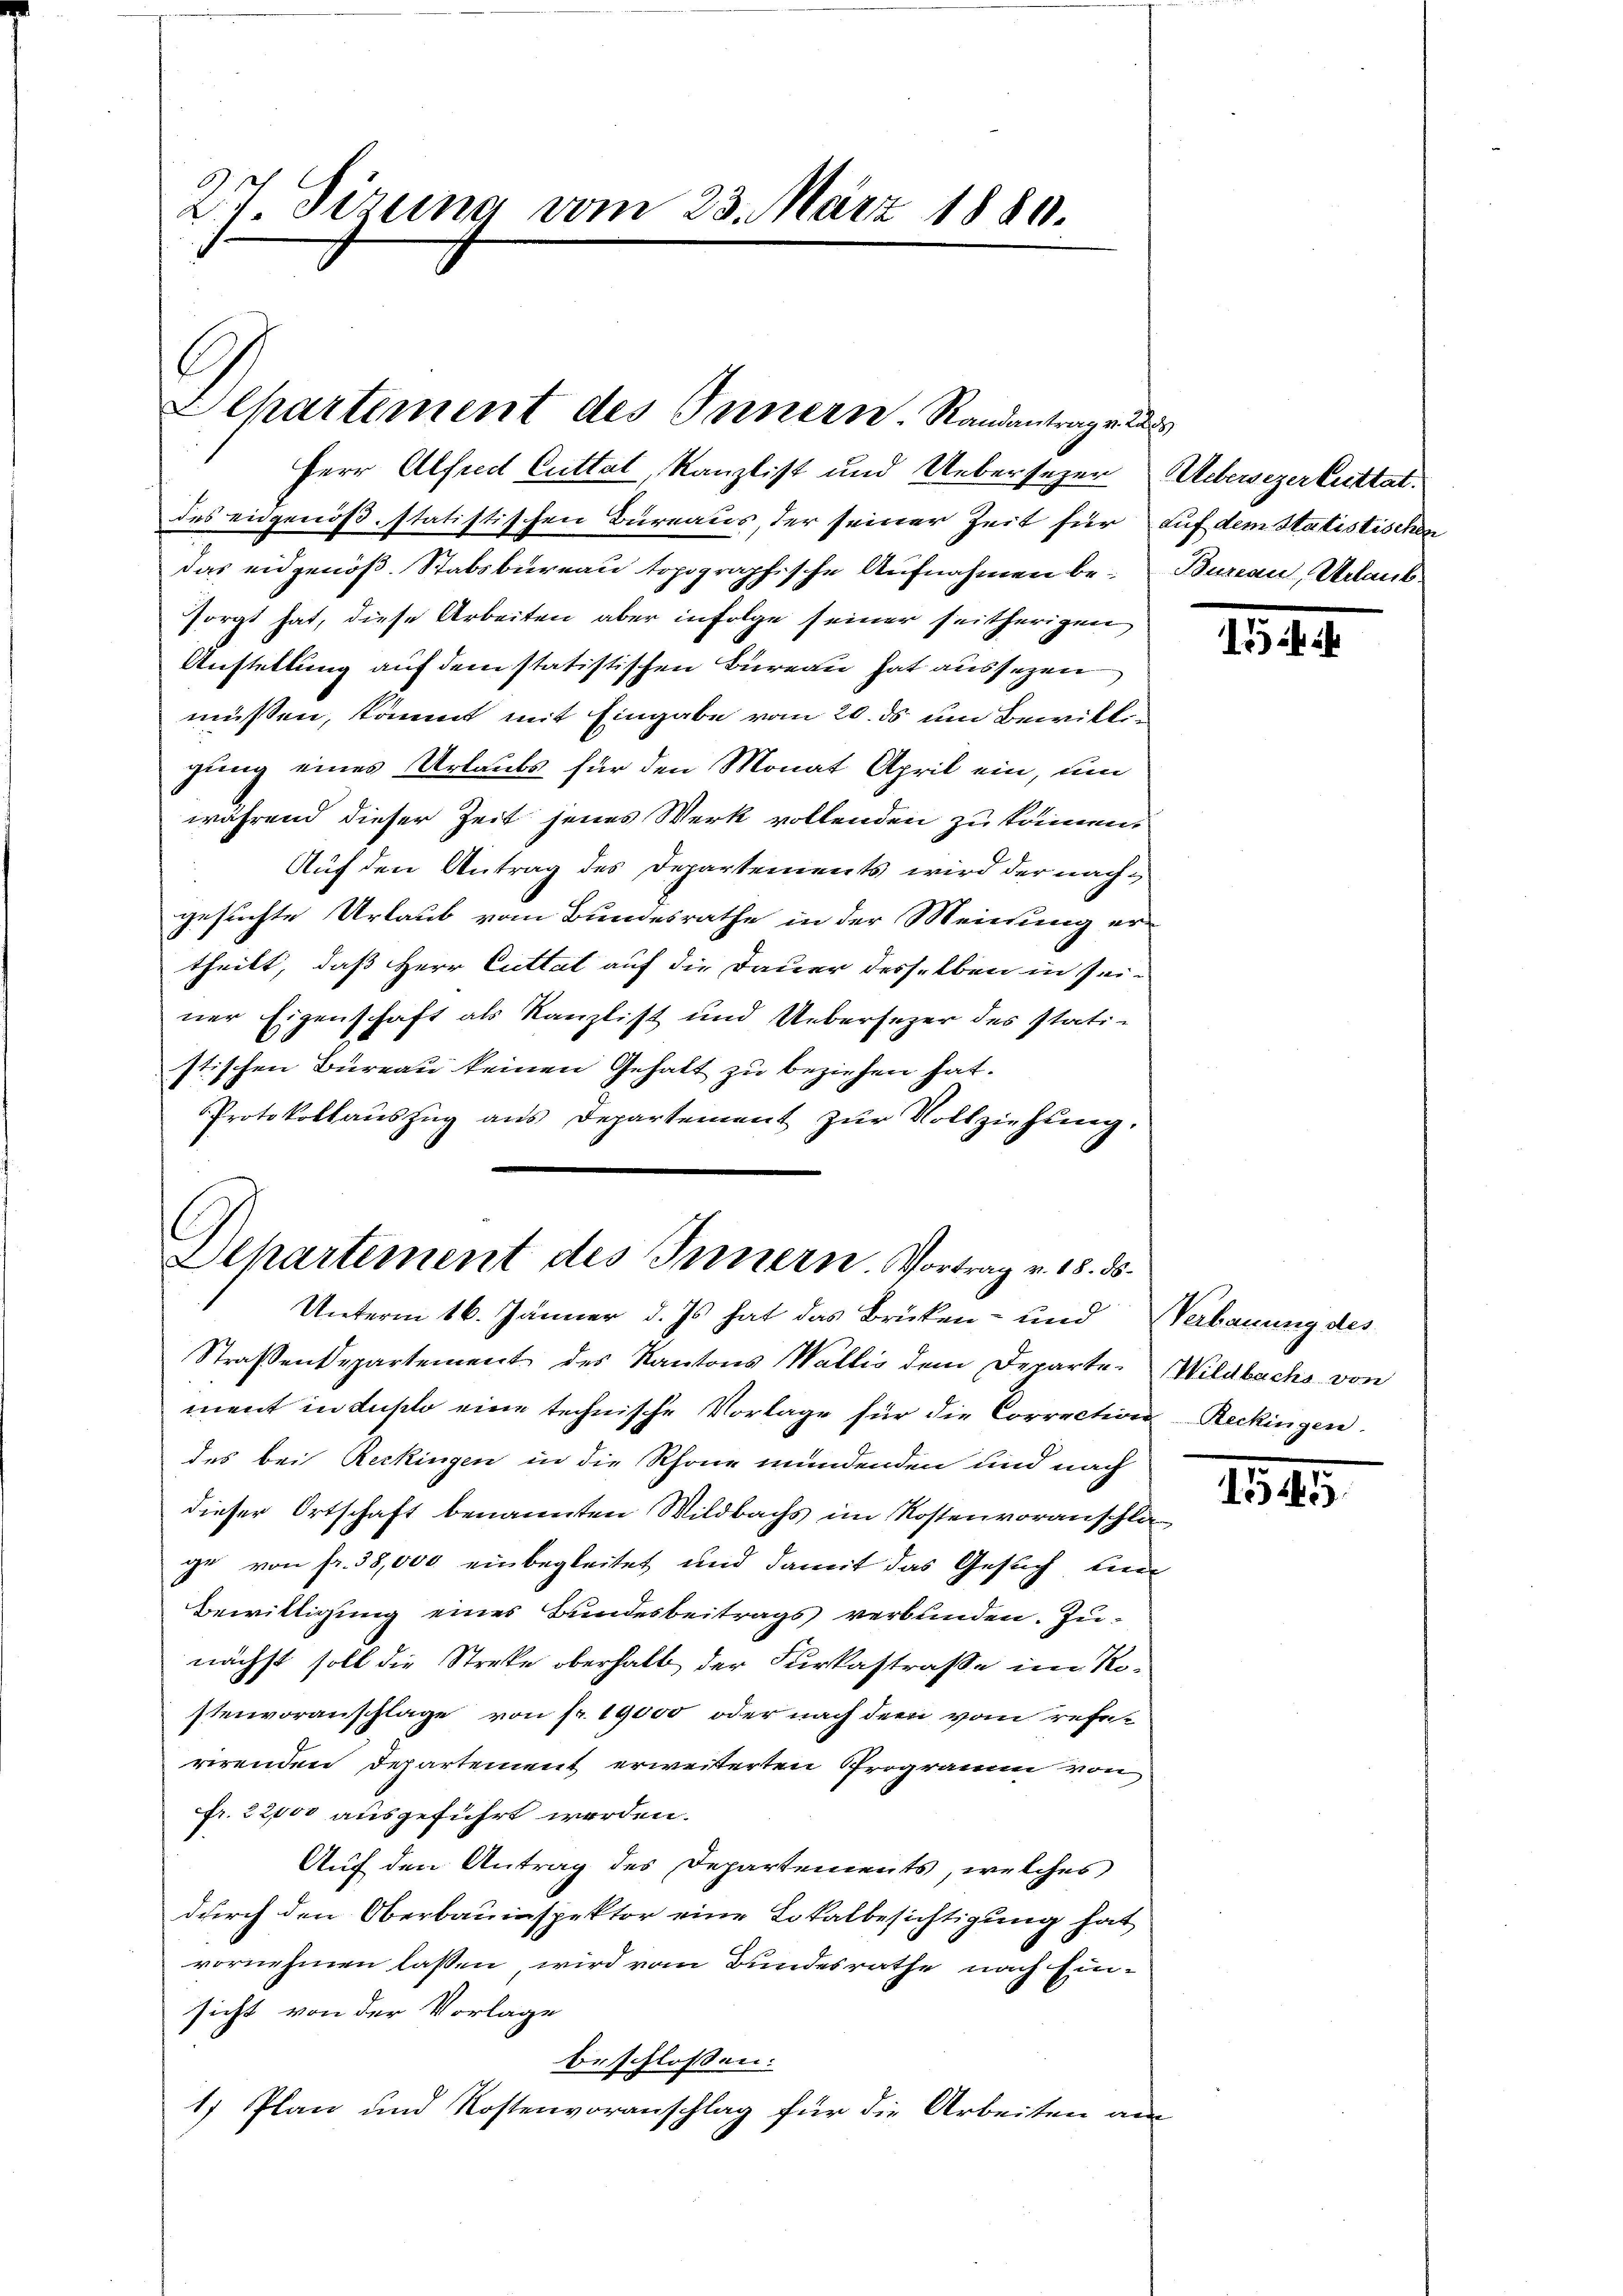
27. Sizung vom 23. März 1880.

Herr Alfred Cuttat, Kanzlist und Uebersezer
des eidgenöß. statistischen Bureaus, der seiner Zeit für auf dem Statistischen
das eidgenöß. Stabsbureau topographische Aufnahmen besorgt hat, diese Arbeiten aber infolge seiner seitherigen
Anstellung auf dem statistischen Bureau hat aussezen
müssen, kommt mit Eingabe vom 20. ds um Bewilligung eines Urlaubs für den Monat April ein, um
während dieser Zeit jenes Werk vollenden zu kommen.
Auf den Antrag des Departements wird der nachgesuchte Urlaub vom Bundesrathe in der Meinung ertheilt, daß Herr Cuttat auf die Dauer desselben in seiner Eigenschaft als Kanzlist und Uebersezer des stati-
stischen Büreau keinen Gehalt zu beziehen hat.
Protokollaŭszŭg ans Departement zŭr Vollziehung.

Departement des Innern Randantrage

Departement des Innern. Vortrag v. 18. ds.
Unterm 16. Jänner d. Js. hat das Brüken- und Verbauung des

Straßendepartement des Kantons Wallis dem Departe Wildbachs von
ment in duplo eine technische Vorlage für die Correction Reckingen.
des bei Reckingen in die Rhone mündenden und nach
dieser Ortschaft benannten Wildbachs im Kostenvoranschlage von fr. 38,000 einbegleitet und damit das Gesuch ein
Bewilligung eines Bundesbeitrags verbunden. Zunächst soll die Streke oberhalb der Furkastraße im Kostenvoranschlage von fr. 19,000 oder nach dem vom referirenden Departement erweiterten Programm von
fr. 22000 ausgeführt werden.
Auf den Antrag des Departements, welches
durch den Oberbauinspektor eine Lokalbesichtigung hat
vornehmen lassen, wird vom Bundesrathe nach Einsicht von der Vorlage
beschlossen:
1) Plan und Kostenvoranschlag für die Arbeiten am

Uebersezertrittat.
Bonnern, Urlaub

15

.

1545